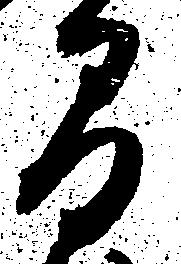
間